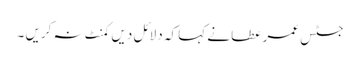
جسٹس عمر عطا نے کہا کہ دلائل دیں کمنٹ نہ کریں ۔